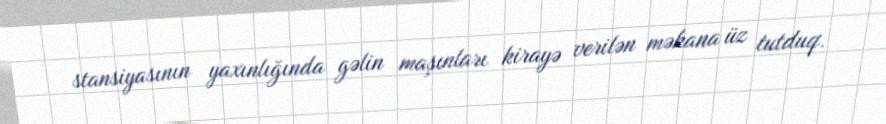
stansiyasının yaxınlığında gəlin maşınları kirayə verilən məkana üz tutduq.